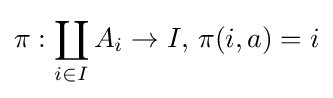
\pi :\coprod _{i\in I}A_{i}\to I,\,\pi (i,a)=i